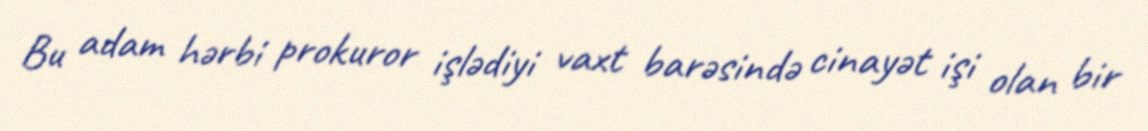
Bu adam hərbi prokuror işlədiyi vaxt barəsində cinayət işi olan bir